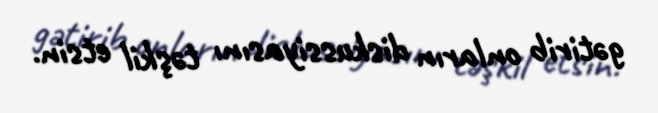
gətirib onların diskussiyasını təşkil etsin.